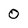
Character: 0